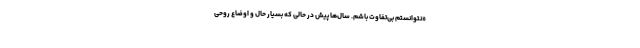
«نتوانستم بی‌تفاوت باشم. سال‌ها پیش در حالی که بسیار حال و اوضاع روحی